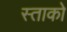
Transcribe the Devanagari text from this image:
स्ताको